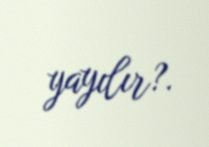
yayılır?.